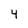
Character: 4